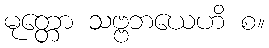
မုတ္တော သဗ္ဗဘယေဟိ စ။